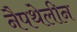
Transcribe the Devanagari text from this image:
नैपथेलीन